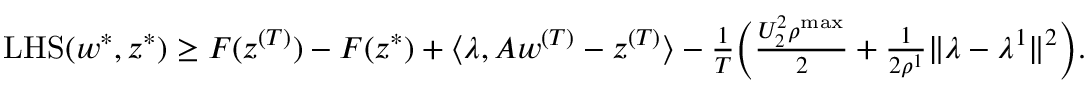
\begin{array} { r l } & { \mathrm { L H S } ( w ^ { * } , z ^ { * } ) \geq F ( z ^ { ( T ) } ) - F ( z ^ { * } ) + \langle \lambda , A w ^ { ( T ) } - z ^ { ( T ) } \rangle - \frac { 1 } { T } \Big ( \frac { U _ { 2 } ^ { 2 } \rho ^ { \mathrm { m a x } } } { 2 } + \frac { 1 } { 2 \rho ^ { 1 } } \| \lambda - \lambda ^ { 1 } \| ^ { 2 } \Big ) . } \end{array}